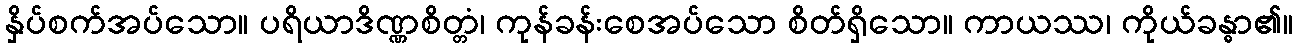
နှိပ်စက်အပ်သော။ ပရိယာဒိဏ္ဏစိတ္တံ၊ ကုန်ခန်းစေအပ်သော စိတ်ရှိသော။ ကာယဿ၊ ကိုယ်ခန္ဓာ၏။